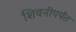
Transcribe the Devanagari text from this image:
शिवनीपर्यंत